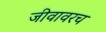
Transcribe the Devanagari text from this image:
जीवावरच